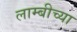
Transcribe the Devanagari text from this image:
लाम्बीच्या